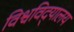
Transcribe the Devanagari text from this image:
विश्वविद्‌यालय